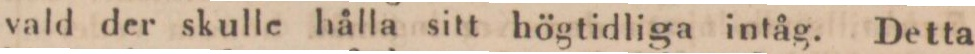
vald der skulle hålla sitt högtidliga intåg. Detta